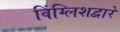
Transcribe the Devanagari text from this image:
विंग्लिशद्वारे